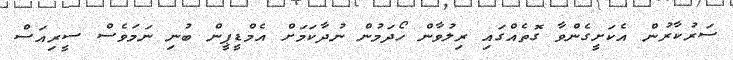
ސަރުކާރުން އެކަށީގެންވާ ގޮތެއްގައި ރިލުވާން ހޯދަމުން ނުދާކަމަށް އެމްޑީޕީން ބުނި ނަމަވެސް ސީރިއަސް